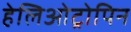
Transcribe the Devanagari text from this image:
हेलिओट्रोपिन